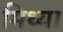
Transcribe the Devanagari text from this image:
मिथ्‍या